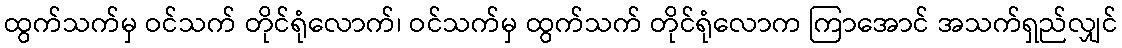
ထွက်သက်မှ ဝင်သက် တိုင်ရုံလောက်၊ ဝင်သက်မှ ထွက်သက် တိုင်ရုံလောက ကြာအောင် အသက်ရှည်လျှင်